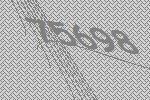
75698